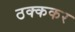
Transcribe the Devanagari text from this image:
ठक्ककर